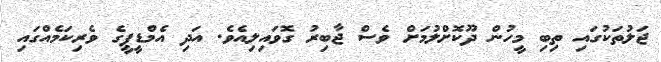
ޖަލުތަކުގައި ތިބި މީހުން ދޫކޮށްލުމަށް ވެސް ޖާބިރު ގޮވައިލިއެވެ. އަދި އެމްޑީޕީގެ ވެރިކަމެއްގައި